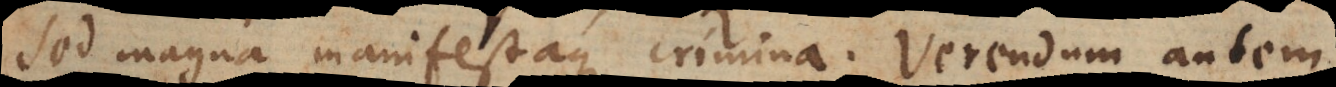
sed magna manifestaque crimina. Verendum autem